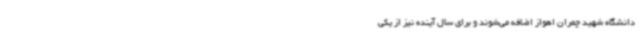
دانشگاه شهید چمران اهواز اضافه می‌شوند و برای سال آینده نیز از یکی